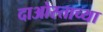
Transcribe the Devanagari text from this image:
दाओस्ताच्या